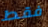
فقط